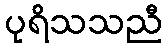
ပုရိသသညီ